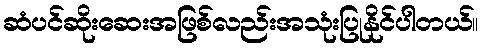
ဆံပင်ဆိုးဆေးအဖြစ်လည်းအသုံးပြုနိုင်ပါတယ်။